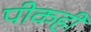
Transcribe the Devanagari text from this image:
पीकही